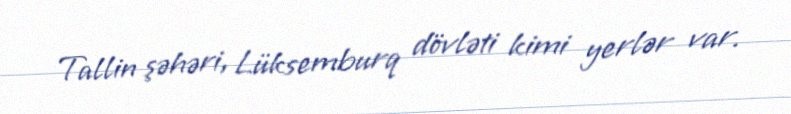
Tallin şəhəri, Lüksemburq dövləti kimi yerlər var.